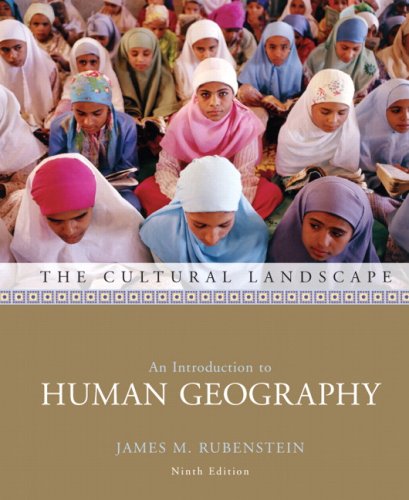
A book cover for The Cultural Landscape: An Introduction to Human Geography (9th Edition); James M. Rubenstein; Politics & Social Sciences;